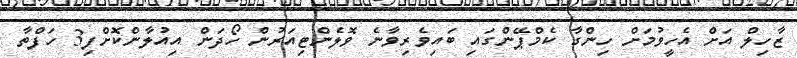
ޒާހިލް އަށް އެހީވުމަށް ހިންގާ ކެމްޕޭންގައި ބައިވެރިވާނެ ވޮލެންޓިއަރުން ހޯދަން އިއުލާންކޮށްފި3 ހަފްތާ